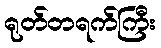
ရုတ်တရက်ကြီး